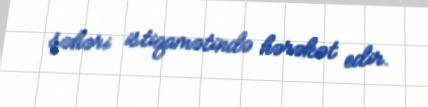
şəhəri istiqamətində hərəkət edir.